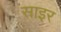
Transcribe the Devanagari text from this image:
साइर